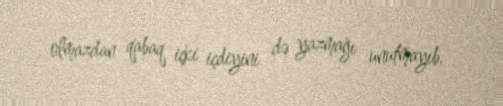
olmazdan qabaq içki içdiyini də yazmağı unutmayıb.